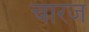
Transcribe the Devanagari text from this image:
चारज